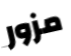
مزور